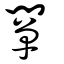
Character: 闡